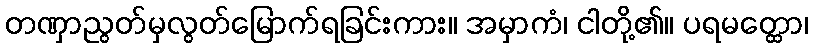
တဏှာညွတ်မှလွတ်မြောက်ရခြင်းကား။ အမှာကံ၊ ငါတို့၏။ ပရမတ္ထော၊